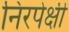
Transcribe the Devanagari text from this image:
निरपेक्षी